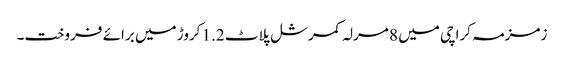
زمزمہ کراچی میں 8 مرلہ کمرشل پلاٹ 1.2 کروڑ میں برائے فروخت۔